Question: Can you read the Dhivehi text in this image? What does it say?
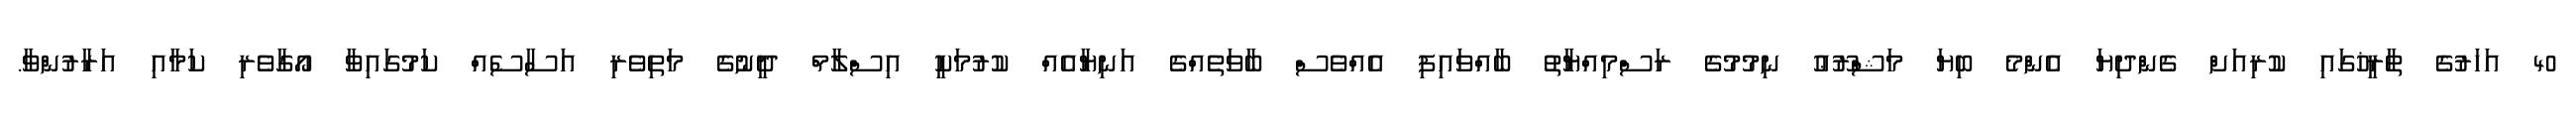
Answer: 40 އަހަރުގެ ތާރީޚުގައި ކުރިއަށް ގެންދިޔަ އެންމެ ބިޔަ މަޝްރޫޢު ނިމުމުގެ ރަސްމިއްޔާތު ބާއްވައިފި އެއްވެސް ބާވަތެއްގެ އަނިޔާއެއް ކުރުމަކީ އިސްލާމް ދީނުގެ މަތިވެރި އަސާސެއް ކަމުގައިވާ އޯގާވެރި ކަމާއި އަރާރުންވާ.